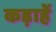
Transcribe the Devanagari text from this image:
कड़ाहें